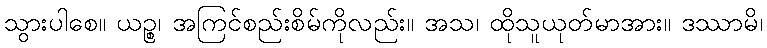
သွားပါစေ။ ယဉ္စ၊ အကြင်စည်းစိမ်ကိုလည်း။ အသ၊ ထိုသူယုတ်မာအား။ ဒဿာမိ၊